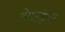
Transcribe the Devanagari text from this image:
कोमुरागेरी